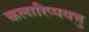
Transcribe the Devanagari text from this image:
कलारिप्पयत्तु